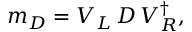
m _ { D } = V _ { L } \, D \, V _ { R } ^ { \dagger } ,